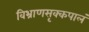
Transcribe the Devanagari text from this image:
विभ्राणसृक्कपालं